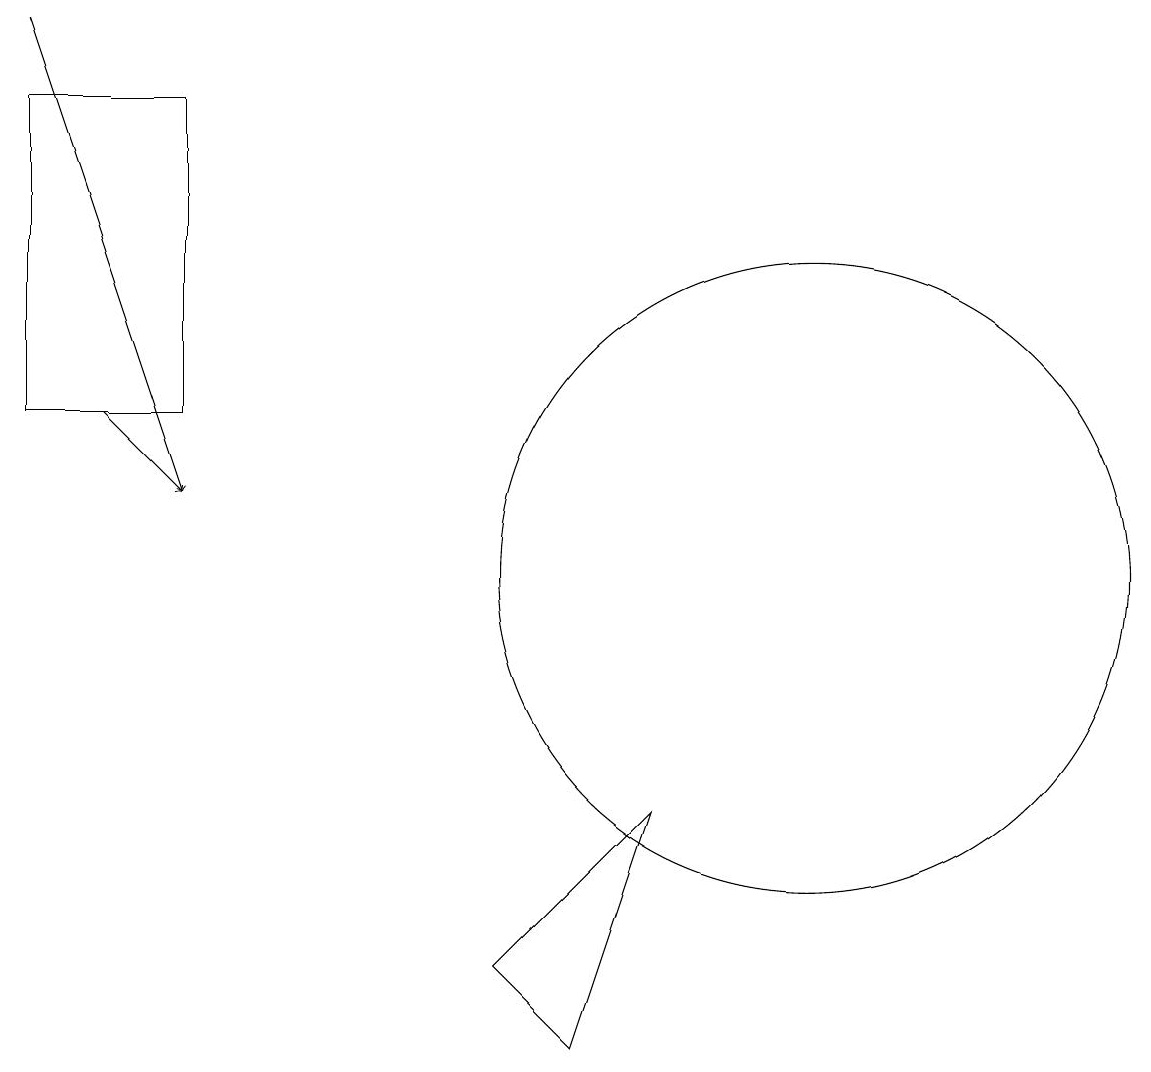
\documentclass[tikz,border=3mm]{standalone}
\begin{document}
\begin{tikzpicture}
\draw (10,10) circle (4);
\draw[->] (1,12) -- (2,11);
\draw[->] (0,17) -- (2,11);
\draw (7,4) -- (8,7) -- (6,5) -- cycle;
\draw (2,12) rectangle (0,16);
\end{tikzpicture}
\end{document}